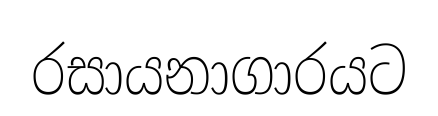
රසායනාගාරයට